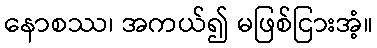
နောစဿ၊ အကယ်၍ မဖြစ်ငြားအံ့။